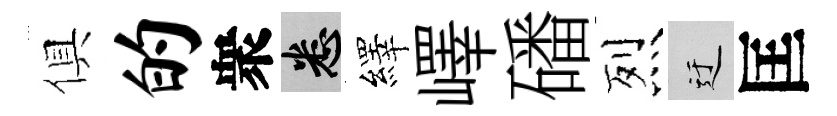
俱的衆悉繹嶧磻烈迂匡